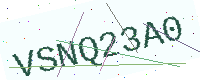
Text: VSNQ23A0